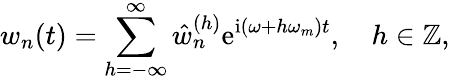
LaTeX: w_{n}(t)=\sum_{h=-\infty}^{\infty}\hat{w}_{n}^{(h)}\mathrm{e}^{\mathrm{i}(\omega+h\omega_{m})t},\quad h\in\mathbb{Z},